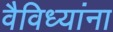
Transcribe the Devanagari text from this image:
वैविध्यांना